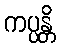
ကပ္ပန္တိ